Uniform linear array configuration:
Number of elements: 32
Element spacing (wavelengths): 0.5
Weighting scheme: cosine
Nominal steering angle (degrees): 60
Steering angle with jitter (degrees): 58.187
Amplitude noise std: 0.05
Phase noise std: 0.05

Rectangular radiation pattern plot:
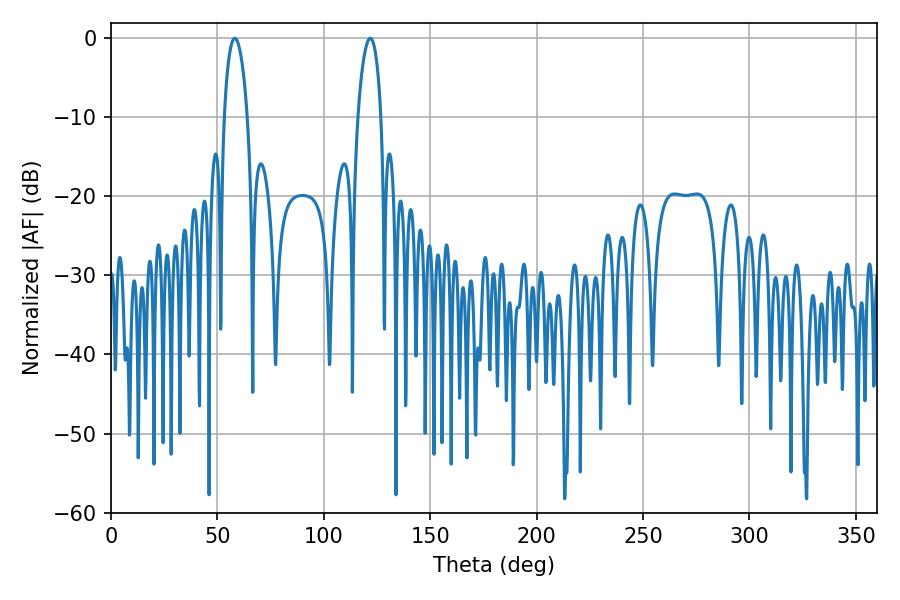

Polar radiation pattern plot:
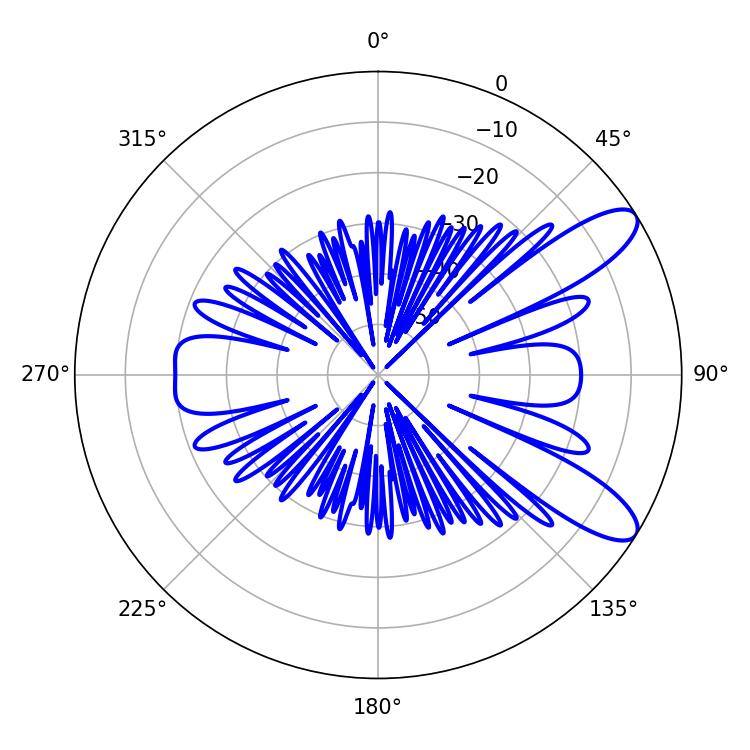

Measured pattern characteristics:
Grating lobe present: FALSE
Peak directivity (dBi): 10.043
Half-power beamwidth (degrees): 6.12
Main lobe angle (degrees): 58.14